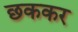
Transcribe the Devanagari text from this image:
छककर